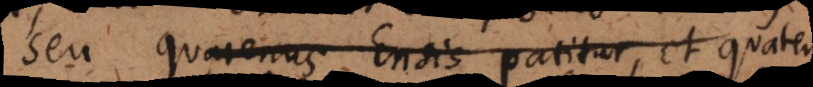
Seu quatenus Ensis patitur, et quatenus